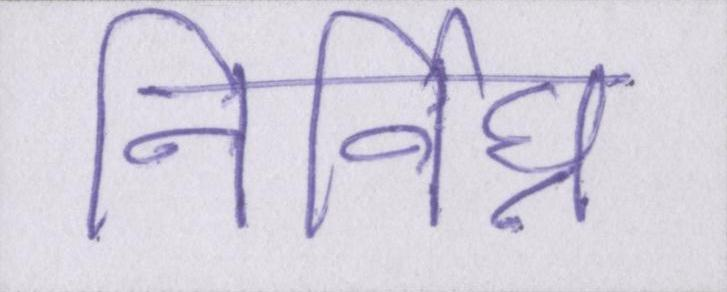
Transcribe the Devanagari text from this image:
निर्विघ्न